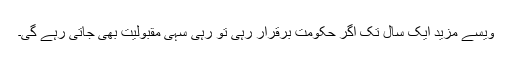
ویسے مزید ایک سال تک اگر حکومت برقرار رہی تو رہی سہی مقبولیت بھی جاتی رہے گی۔